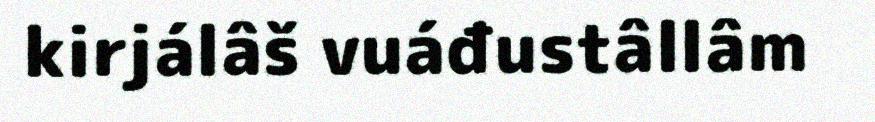
kirjálâš vuáđustâllâm